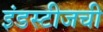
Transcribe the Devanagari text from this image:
इंडस्टीजची